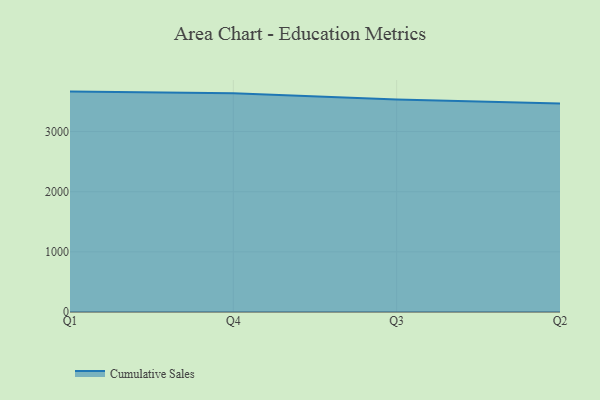
{"axis": {"x": "Quarter", "y": "Energy Usage (MWh)"}, "legend": ["Cumulative Sales"], "data": [{"x": "Q1", "y": 3663.5, "type": "Cumulative Sales"}, {"x": "Q4", "y": 3637.9, "type": "Cumulative Sales"}, {"x": "Q3", "y": 3533.1, "type": "Cumulative Sales"}, {"x": "Q2", "y": 3466.7, "type": "Cumulative Sales"}]}